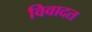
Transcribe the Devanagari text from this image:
विवादत